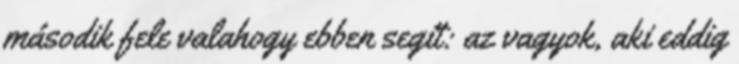
második fele valahogy ebben segít: az vagyok, aki eddig